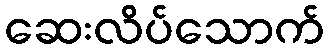
ဆေးလိပ်သောက်